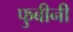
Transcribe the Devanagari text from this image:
फुबीनी